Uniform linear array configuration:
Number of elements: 8
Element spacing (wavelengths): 0.75
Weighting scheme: uniform
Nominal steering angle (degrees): -45
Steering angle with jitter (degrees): -43.886
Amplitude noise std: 0.05
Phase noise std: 0.05

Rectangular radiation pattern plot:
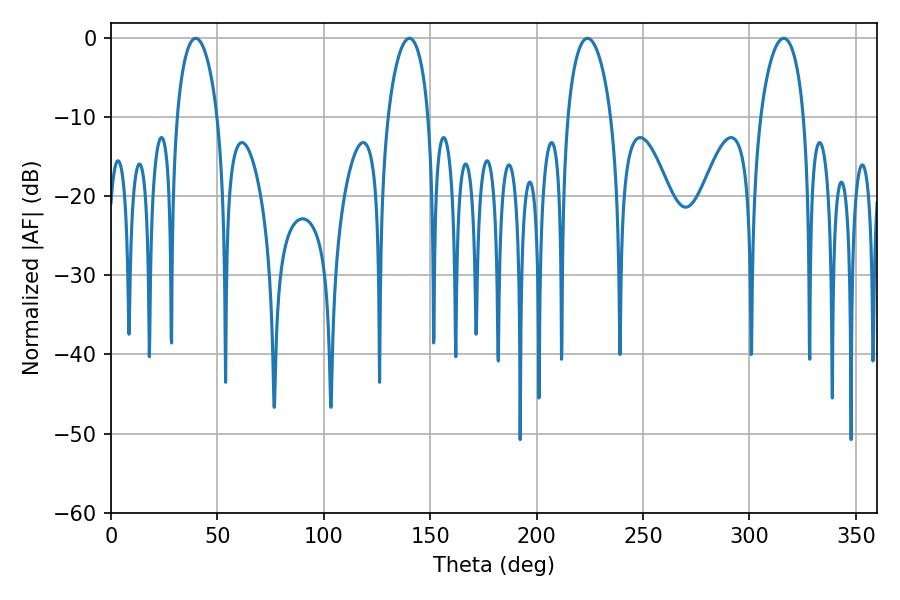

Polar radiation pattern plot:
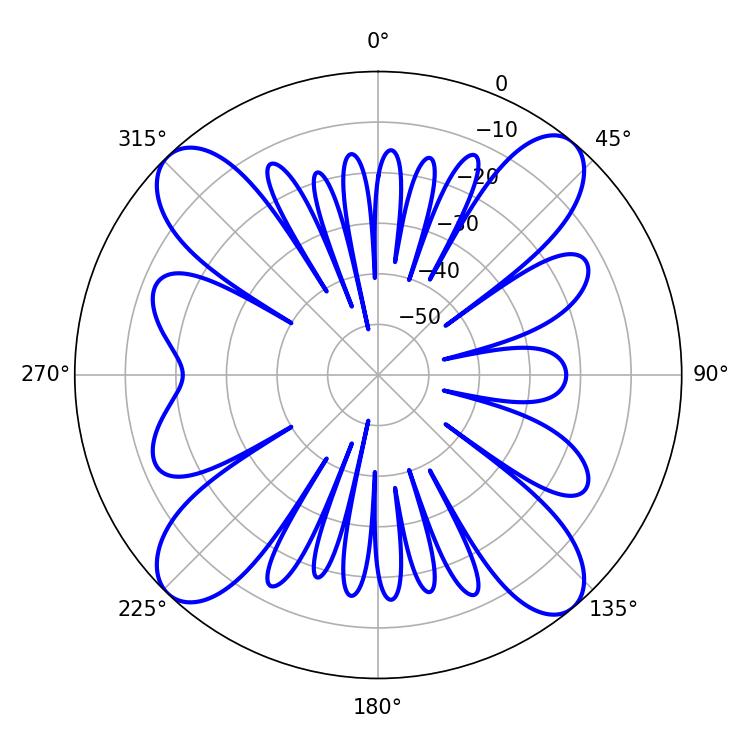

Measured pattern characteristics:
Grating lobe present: TRUE
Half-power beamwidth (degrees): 10.98
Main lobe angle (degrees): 39.78